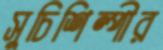
সুচিশিল্পীর